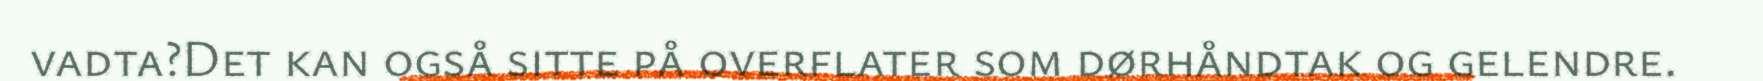
vadta?Det kan også sitte på overflater som dørhåndtak og gelendre.